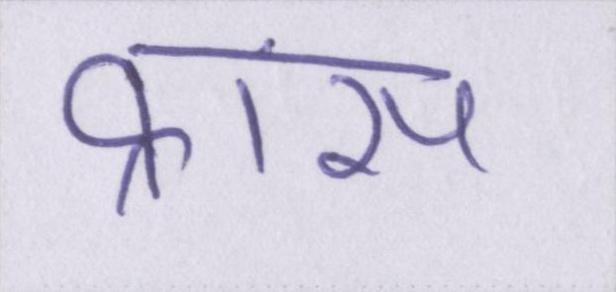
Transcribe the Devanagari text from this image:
फ्रांस